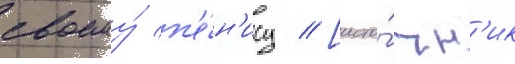
своему́ п'е́н'ису // [исто́чн'ик